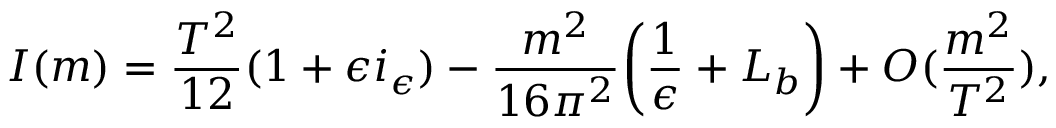
I ( m ) = { \frac { T ^ { 2 } } { 1 2 } } ( 1 + \epsilon i _ { \epsilon } ) - { \frac { m ^ { 2 } } { 1 6 \pi ^ { 2 } } } \biggl ( { \frac { 1 } { \epsilon } } + L _ { b } \biggr ) + O ( { \frac { m ^ { 2 } } { T ^ { 2 } } } ) ,